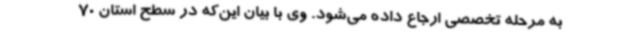
به مرحله تخصصی ارجاع داده می‌شود. وی با بیان این‌که در سطح استان 70